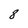
Character: 8